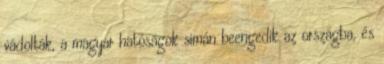
vádolták, a magyar hatóságok simán beengedik az országba, és